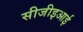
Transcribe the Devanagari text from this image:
सीजीइआई